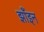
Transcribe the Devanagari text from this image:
झाँइन